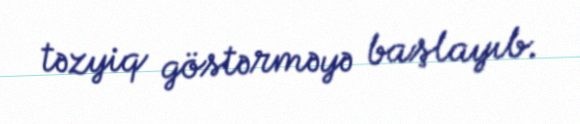
təzyiq göstərməyə başlayıb.